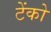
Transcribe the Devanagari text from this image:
टेंको